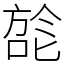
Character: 旕